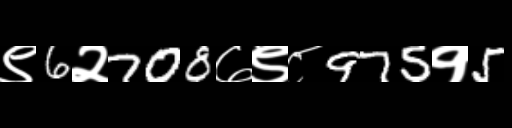
Text: ९6२708७९८975१5